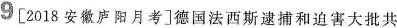
9 [2018安徽庐阳月考]德国法西斯逮捕和迫害大批共